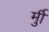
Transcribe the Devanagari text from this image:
र्मुी